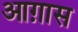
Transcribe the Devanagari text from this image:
आग़ास